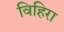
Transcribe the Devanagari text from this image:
विहिरा